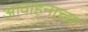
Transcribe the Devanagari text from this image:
आवाहनाच्या